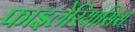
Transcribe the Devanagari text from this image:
फाइलेरियासिस